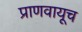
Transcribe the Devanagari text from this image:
प्राणवायूच